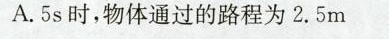
A5s时,物体通过的路程为2.5m